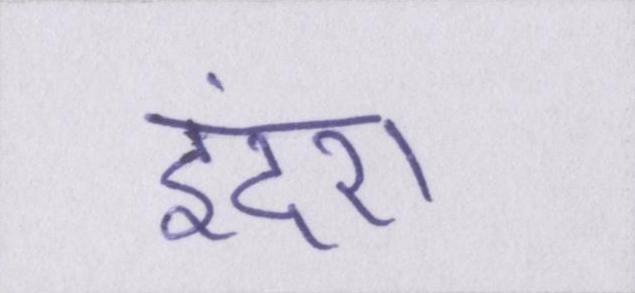
इंदरा